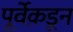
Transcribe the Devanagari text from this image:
पूर्वेक़डून